Report on horse surra - Volume I
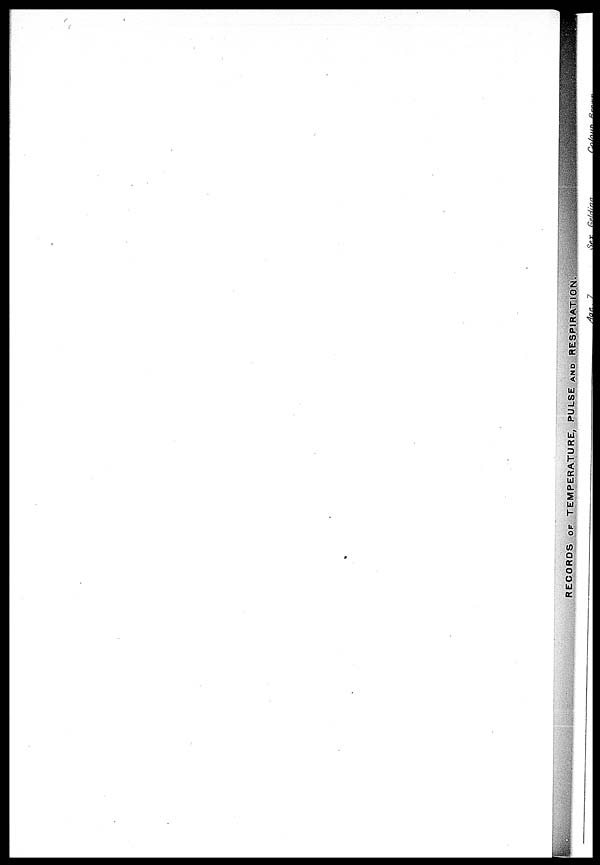
RECORDS OF TEMPERATURE, PULSE AND RESPIRATION.